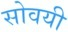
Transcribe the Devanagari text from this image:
सोवयी